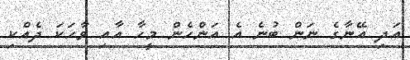
އަދި އޭނާގެ ނަން ބުނެ އެ އަންހެން މީހާ އާއި ވާހަކަ ދެއްކި